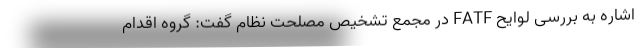
اشاره به بررسی لوایح FATF در مجمع تشخیص مصلحت نظام گفت: گروه اقدام